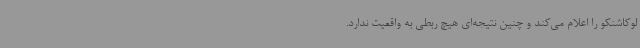
لوکاشنکو را اعلام می‌کند و چنین نتیجه‌ای هیچ ربطی به واقعیت ندارد.